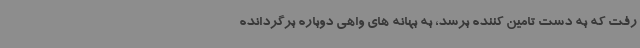
رفت که به دست تامین کننده برسد، به بهانه های واهی دوباره برگردانده